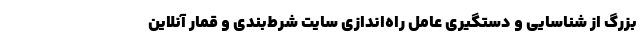
بزرگ از شناسایی و دستگیری عامل راه‌اندازی سایت شرط‌بندی و قمار آنلاین